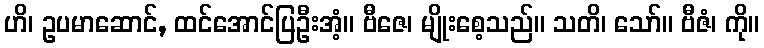
ဟိ၊ ဥပမာဆောင်, ထင်အောင်ပြဦးအံ့။ ဗီဇေ၊ မျိုးစေ့သည်။ သတိ၊ သော်။ ဗီဇံ၊ ကို။